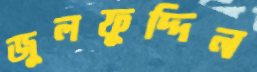
জুলফুদ্দিন